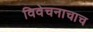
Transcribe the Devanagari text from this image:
विवेचनाचाच